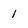
Character: 1